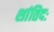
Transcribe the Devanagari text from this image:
शांतिदः